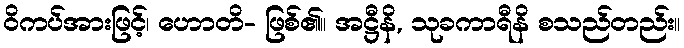
ဝိကပ်အားဖြင့်၊ ဟောတိ- ဖြစ်၏။ အဋ္ဌီနိ, သုခကာရီနိ စသည်တည်း။